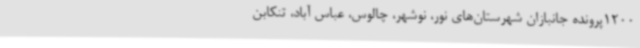
1200پرونده جانبازان شهرستان‌های نور، نوشهر، چالوس، عباس آباد، تنکابن